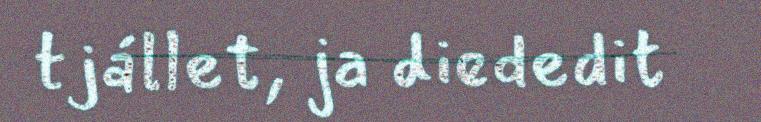
tjállet, ja diededit